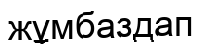
жұмбаздап